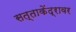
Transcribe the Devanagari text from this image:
सत्ताकेंद्रावर